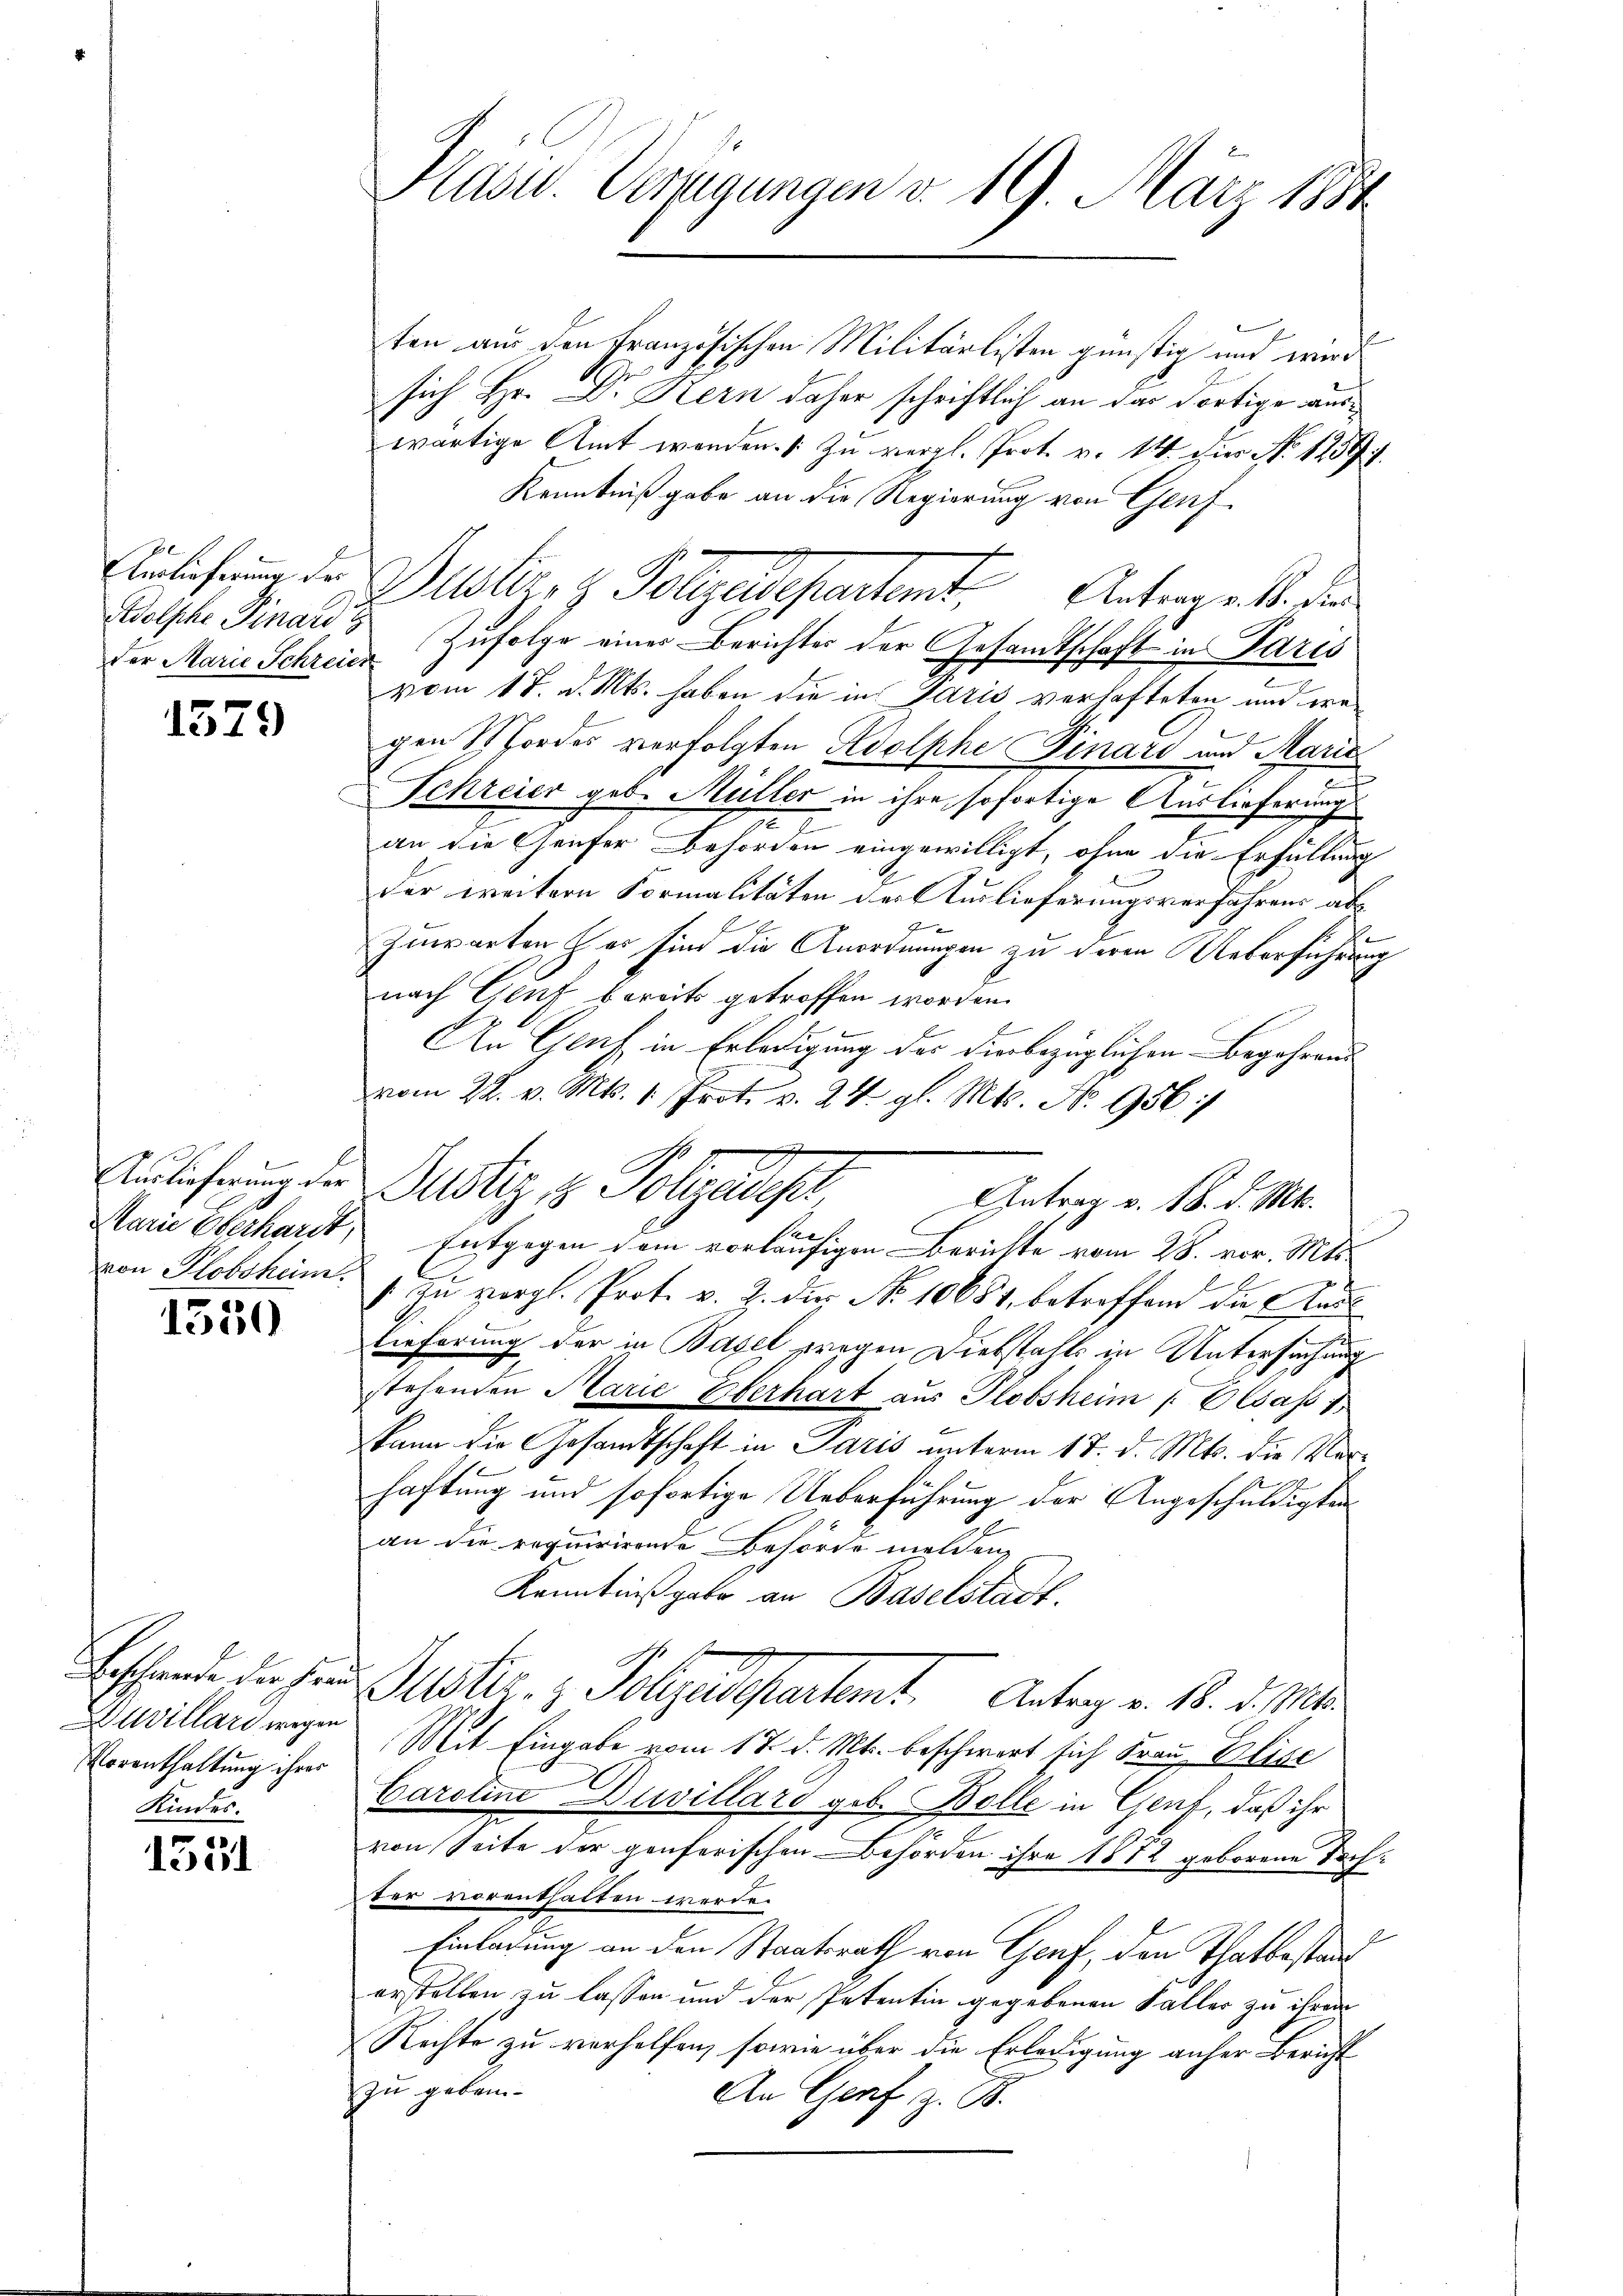
Auslieferung der
der Marie Schreien

1579

1550

Duvillars wegen
Vorenthaltung ihrer
Kindes.

1551

Hasu. Verfügungen d. 19. März 1884

ten aus den Französischen Militärlisten günstig und wird
sich Hr. Dr. Kern daher schriftlich an das dortige auswärtige Amt werden. (Zu vergl. Prot. v. 14. hier No 1239 f.
Kenntnißgabe an die Regierung von Genf
Wolsche Finand Zufolge einer Berichtes der Gesamtschaft in Paris
vom 17. d. Mts. haben die in Paris verhafteten und wagen Mordes verfolgten Adolphe Finars und Marie
e
Schreier geb. Müller in ihre sofortige Auslieferung
an die Genfer Behörden eingewilligt, ohne die Erfüllung
der weitern Formalitäten der Auslieferungsverfahrens abz
1
.
Inwarten her sind die Anordnungen zu deren Ueberführung
nach Genf bereits getroffen worden.
b
An Gruf in Erledigung des hierbezüglichen Begehrend
vom 22. v. Mts. 1. Prot. v. 24. gl. Mts. No 956/
Marie Oberhardt, Entgegen dem vorläufigen Berichte vom 28. vor. Mts.
e
von Plobskum. 1 zu vergl. Prof. v. 2. der No 10651, betreffend die Rau¬
Lieferung der in Bagel wegen Diebstahls in Untersuchung
stehenden Marie Oberhart aus Plobsheim Elsass
kann die Gesandtschaft in Paris unterm 17. d. Mts. die Vorf
haftung und sofortige Ueberführung der Angeschuldigten
an die requirirende Behörde melden,
Kenntnißgabe an Baselstadt.
Erschande die Hand Muster. z. Polyedepartemt. Antrag v. 18. d. Mts.
Mit Eingabe vom 17. d. Mts. beschwert sich Frau Elise
Caroline Duvillard geb. Bolle in Gent, daß ihr
von Seite der genferischen Behörden ihre 1872 geborene Doch
ter vorenthalten werde.
Einladung an den Staatsrath von Genf, den Thatbestand
erstellen zu lassen und der Petentin gegebenen Faller zu ihrem
Rechte zu verhelfen, sowie über die Erledigung anher Bericht
zu geben¬
An Genf z. B.

Dester z. Polyedepartent. Antrage b. den

x
Auslieferung der Justiz & Polizeisepr
Antrag v. 18. d. Mts.